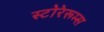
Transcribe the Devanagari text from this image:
स्टोरेरूम्स